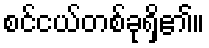
စင်ငယ်တစ်ခုရှိ၏။